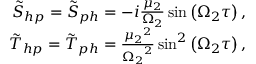
\begin{array} { r l r } & { } & { \tilde { S } _ { h p } = \tilde { S } _ { p h } = - i \frac { \mu _ { 2 } } { \Omega _ { 2 } } \sin \left( \Omega _ { 2 } \tau \right) , } \\ & { } & { \tilde { T } _ { h p } = \tilde { T } _ { p h } = \frac { { \mu _ { 2 } } ^ { 2 } } { { \Omega _ { 2 } } ^ { 2 } } \sin ^ { 2 } \left( \Omega _ { 2 } \tau \right) , } \end{array}